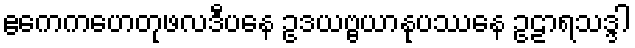
ဧကေကဟေတုဖလဒီပနေ ဥဒယဗ္ဗယာနုပဿနေ ဥဠာရသဒ္ဒါ